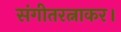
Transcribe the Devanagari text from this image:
संगीतरत्नाकर।